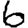
Digit: 6